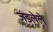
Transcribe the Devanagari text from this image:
जडलेले